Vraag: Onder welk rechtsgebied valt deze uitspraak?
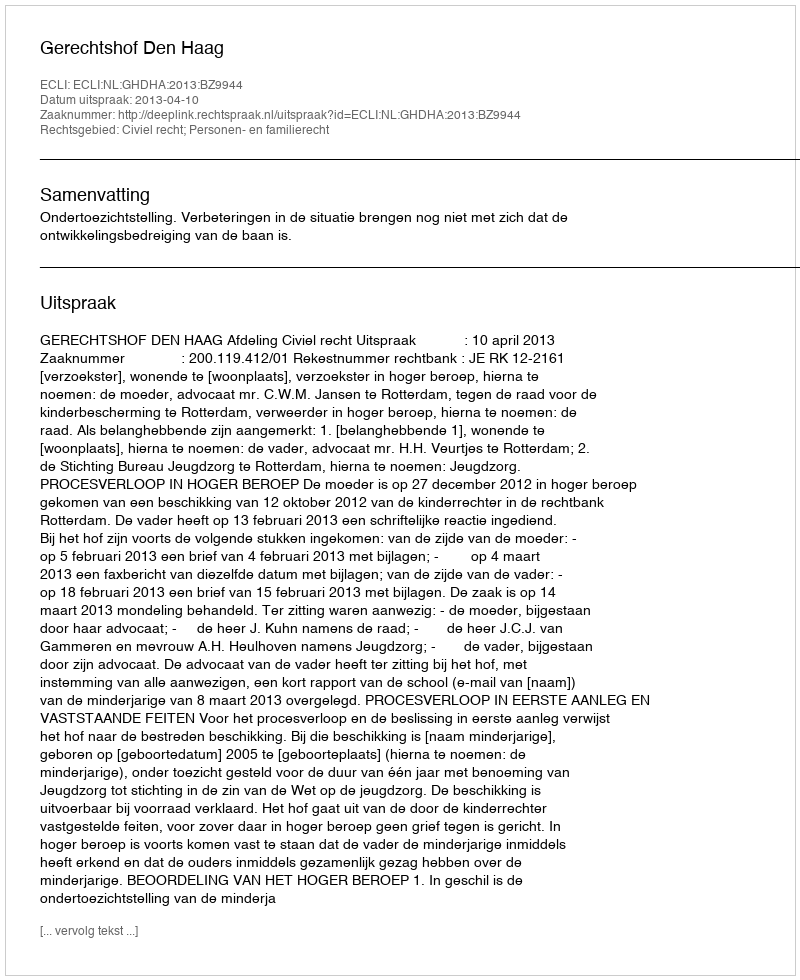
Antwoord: Civiel recht; Personen- en familierecht